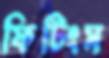
ফিটিংস